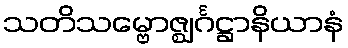
သတိသမ္ဗောဇ္ဈင်္ဂဋ္ဌာနိယာနံ